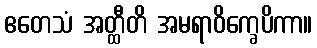
ဧတေသံ အတ္ထီတိ အမရာဝိက္ခေပိကာ။